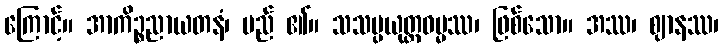
ကြောင့်။ အာကိဉ္စညာယတနံ၊ မည် ၏။ သသမ္ပယုတ္တဓမ္မဿ၊ ဖြစ်သော။ အဿ၊ ဈာနဿ၊